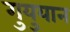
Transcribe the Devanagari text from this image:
गुयुयान